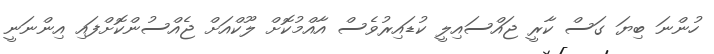
ހުންނަ ބިޔަ ގަސް ކާރީ ޖައްސައިލީ ކުޑައިރުވެސް އާއްމުކޮށް ލޫކްއަށް ޖެއްސުންކޮށްފައި އިންނަނީ